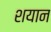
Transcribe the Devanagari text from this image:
शयान